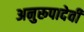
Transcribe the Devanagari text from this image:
अनुरूपादेवी